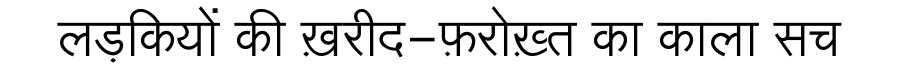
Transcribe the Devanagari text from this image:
लड़कियों की ख़रीद-फ़रोख़्त का काला सच